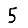
Digit: 5